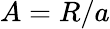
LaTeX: A=R/a